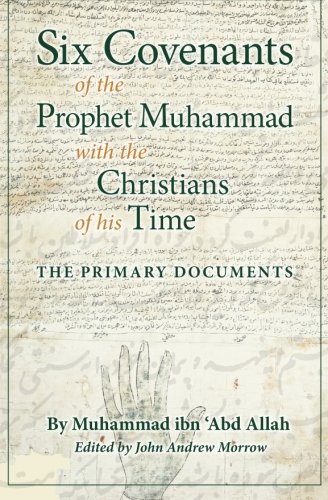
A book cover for Six Covenants of the Prophet Muhammad with the Christians of His Time: The Primary Documents; Muhammad ibn 'Abd Allah; Religion & Spirituality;